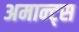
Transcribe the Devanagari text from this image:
अमान्ट्स